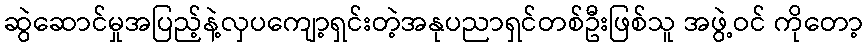
ဆွဲဆောင်မှုအပြည့်နဲ့လှပကျော့ရှင်းတဲ့အနုပညာရှင်တစ်ဦးဖြစ်သူ အဖွဲ့ဝင် ကိုတော့